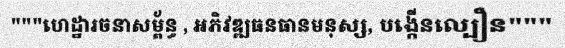
"""ហេដ្ឋារចនាសម្ព័ន្ធ , អភិវឌ្ឍធនធានមនុស្ស, បង្កើនល្បឿន"""